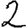
Digit: 2